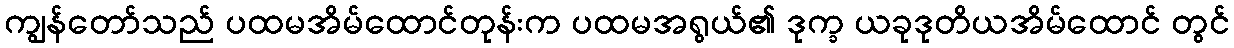
ကျွန်တော်သည် ပထမအိမ်ထောင်တုန်းက ပထမအရွယ်၏ ဒုက္ခ ယခုဒုတိယအိမ်ထောင် တွင်